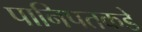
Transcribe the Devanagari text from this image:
पानिपतकडे